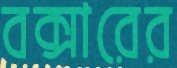
বক্সারের